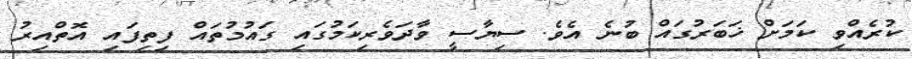
ކުރެއްވި ކަމަށް ޚަބަރުގައް ބުނެ އެވެ. ސިޔާސީ ވާދަވެރިކަމުގައި ގައުމުތައް ފިތިފައި އޮތްއިރު